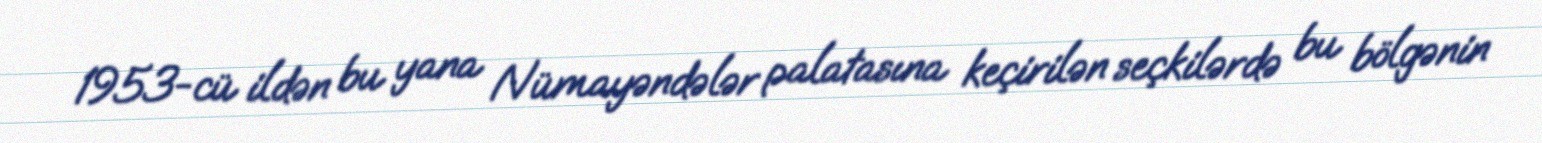
1953-cü ildən bu yana Nümayəndələr palatasına keçirilən seçkilərdə bu bölgənin